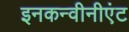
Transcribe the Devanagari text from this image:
इनकन्वीनीएंट